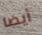
أيضا